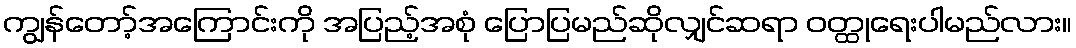
ကျွန်တော့်အကြောင်းကို အပြည့်အစုံ ပြောပြမည်ဆိုလျှင်ဆရာ ဝတ္ထုရေးပါမည်လား။